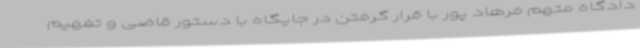
دادگاه متهم فرهاد پور با قرار گرفتن در جایگاه با دستور قاضی و تفهیم